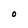
Character: O